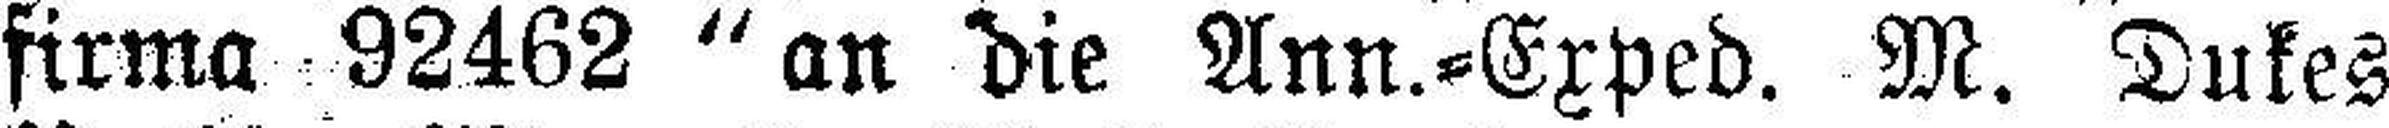
firma 92462“ an die Ann.=Exped. M. Dukes